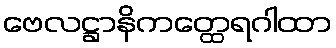
ဗေလဋ္ဌာနိကတ္ထေရဂါထာ